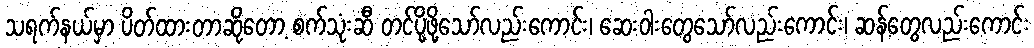
သရက်နယ်မှာ ပိတ်ထားတာဆိုတော့ စက်သုံးဆီ တင်ပို့ဖို့သော်လည်းကောင်း၊ ဆေးဝါးတွေသော်လည်းကောင်း၊ ဆန်တွေလည်းကောင်း